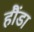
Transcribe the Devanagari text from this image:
हौंडा